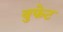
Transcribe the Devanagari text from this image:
बुफेट